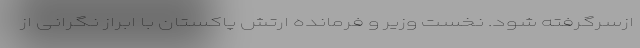
ازسرگرفته شود. نخست وزیر و فرمانده ارتش پاکستان با ابراز نگرانی از